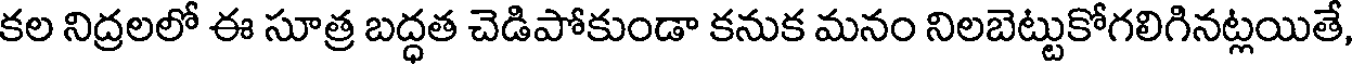
కల నిద్రలలో ఈ సూత్ర బద్ధత చెడిపోకుండా కనుక మనం నిలబెట్టుకోగలిగినట్లయితే,